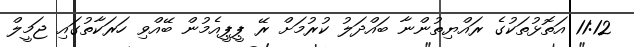
11:12 އަތޮޅުތަކުގެ ރައްޔިތުންނާ ބައްދަލު ކުރުމަށް ރޭ ޕީޕީއެމުން ބޭއްވި ހަރަކާތުގައި ޖަމީލް